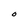
Character: O